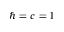
\hbar = c = 1